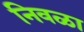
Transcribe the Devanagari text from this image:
निवळा